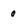
Character: 0